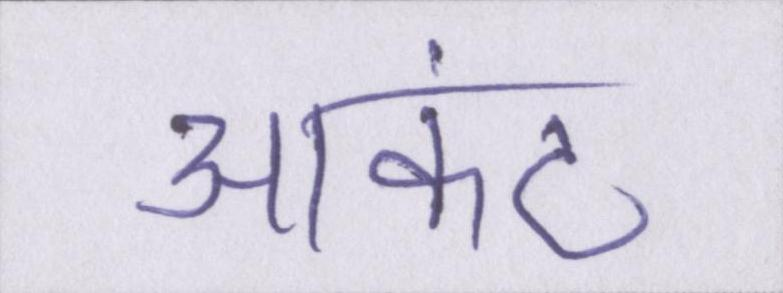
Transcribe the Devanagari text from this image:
आकंठ